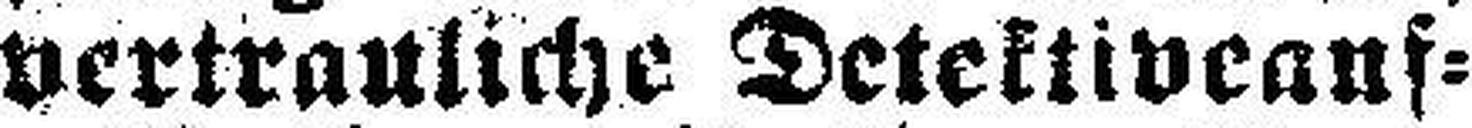
vertrauliche Detektiveauf¬